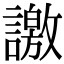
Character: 譤